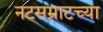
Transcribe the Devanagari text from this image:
नटसम्राटच्या